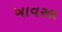
ખાવરલ